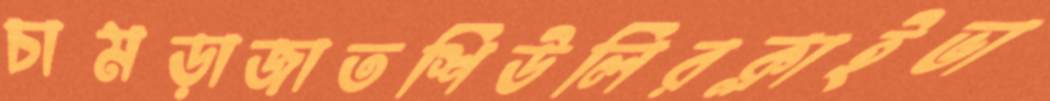
চামড়াজাতশিউলিরক্লাইভা